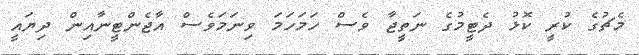
މެޗުގެ ކުރީ ކޮޅު ދެޓީމުގެ ނަތީޖާ ވެސް ހަމަހަމަ ވިނަމަވެސް އާޖެންޓީނާއިން ދިޔައީ